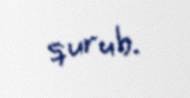
qurub.